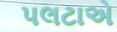
પલટાએ